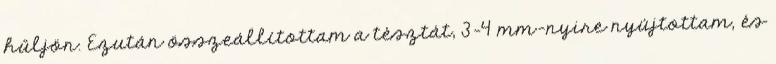
hűljön. Ezután összeállítottam a tésztát, 3-4 mm-nyire nyújtottam, és